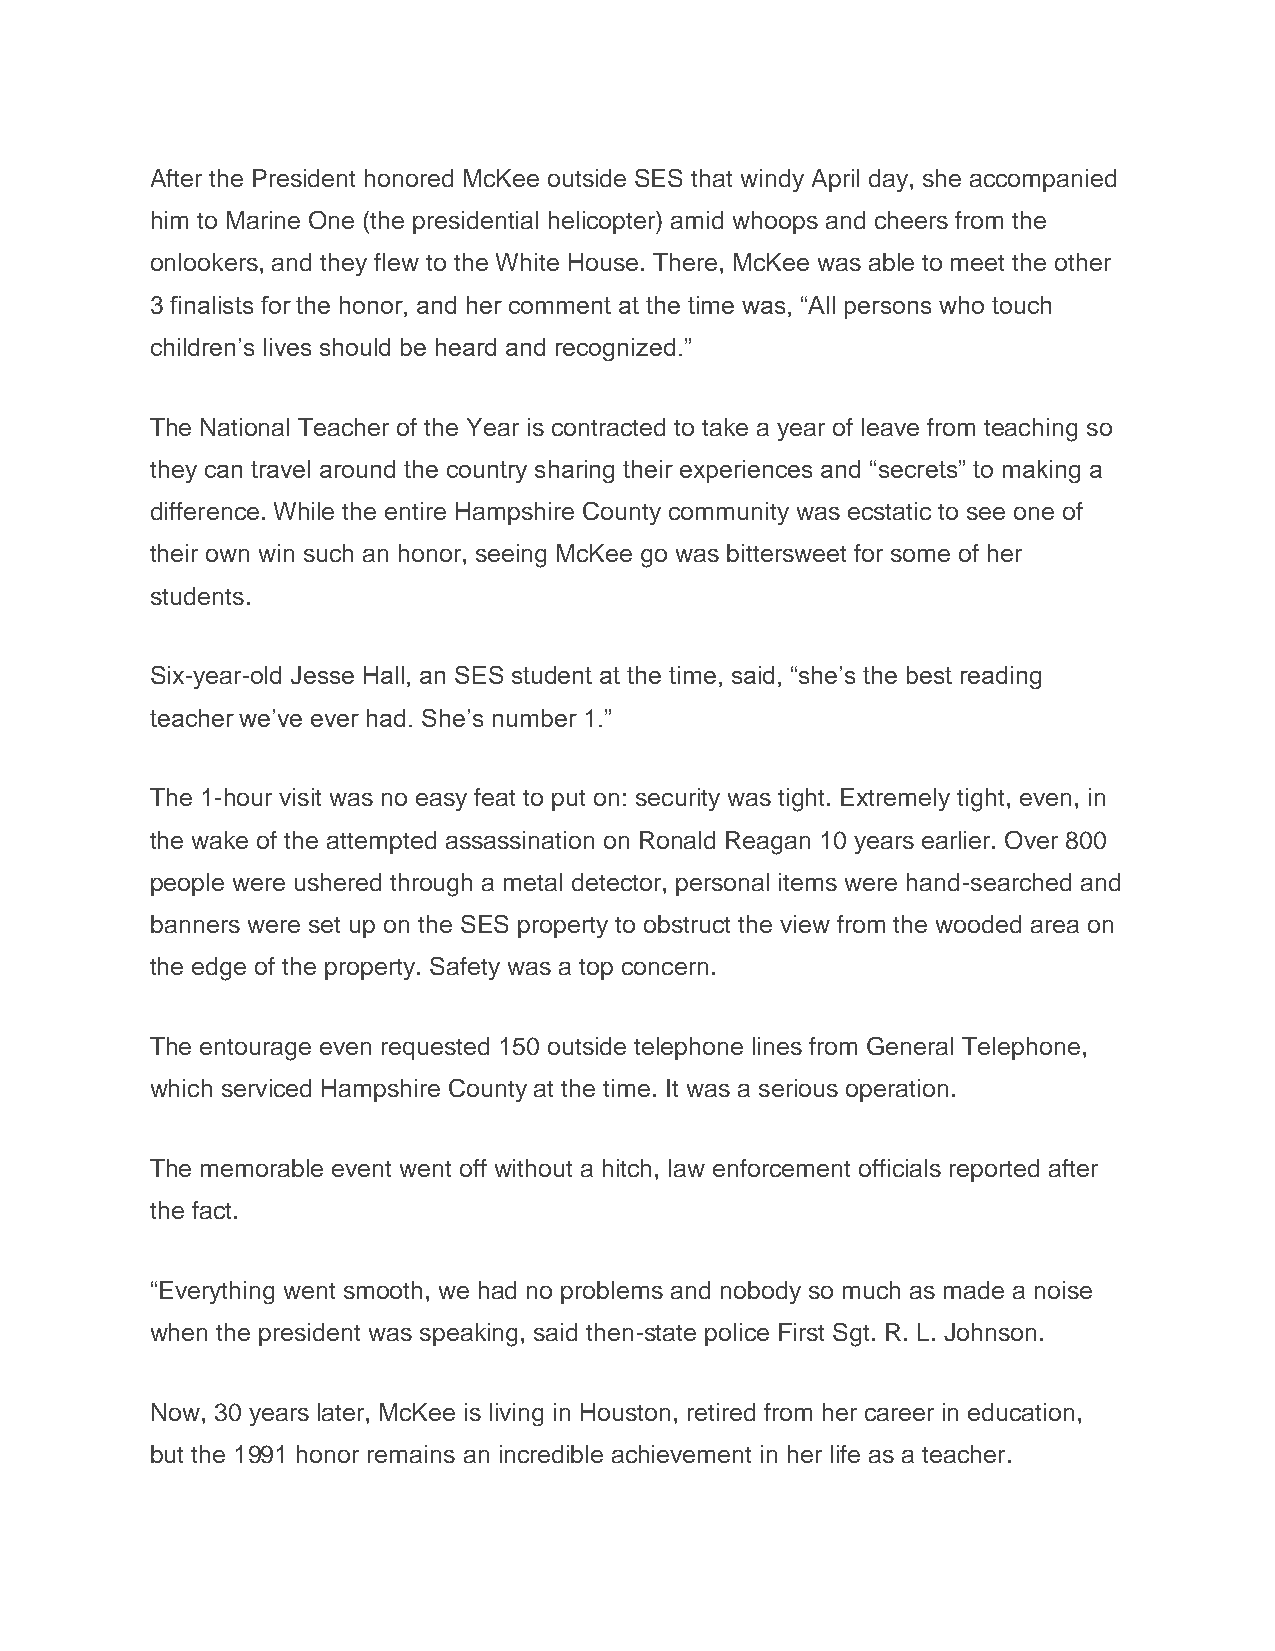
After the President honored McKee outside SES that windy April day, she accompanied
 him to Marine One (the presidential helicopter) amid whoops and cheers from the
 onlookers, and they flew to the White House. There, McKee was able to meet the other
 3 finalists for the honor, and her comment at the time was, “All persons who touch
 children’s lives should be heard and recognized.”
 The National Teacher of the Year is contracted to take a year of leave from teaching so
 they can travel around the country sharing their experiences and “secrets” to making a
 difference. While the entire Hampshire County community was ecstatic to see one of
 their own win such an honor, seeing McKee go was bittersweet for some of her
 students.
 Six-year-old Jesse Hall, an SES student at the time, said, “she’s the best reading
 teacher we’ve ever had. She’s number 1.”
 The 1-hour visit was no easy feat to put on: security was tight. Extremely tight, even, in
 the wake of the attempted assassination on Ronald Reagan 10 years earlier. Over 800
 people were ushered through a metal detector, personal items were hand-searched and
 banners were set up on the SES property to obstruct the view from the wooded area on
 the edge of the property. Safety was a top concern.
 The entourage even requested 150 outside telephone lines from General Telephone,
 which serviced Hampshire County at the time. It was a serious operation.
 The memorable event went off without a hitch, law enforcement officials reported after
 the fact.
 “Everything went smooth, we had no problems and nobody so much as made a noise
 when the president was speaking, said then-state police First Sgt. R. L. Johnson.
 Now, 30 years later, McKee is living in Houston, retired from her career in education,
 but the 1991 honor remains an incredible achievement in her life as a teacher.